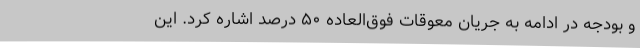
و بودجه در ادامه به جریان معوقات فوق‌العاده ۵۰ درصد اشاره کرد. این